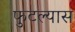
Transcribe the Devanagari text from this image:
फुटल्यास